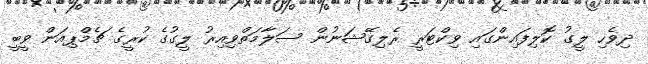
ދިވެހި ލީގު ކޮލިފައިންގައި ވިކްޓަރީ ރެލިގޭޝަނުން ސަލާމަތްވިއިރު ލީގުގެ ކުރީގެ ޗެމްޕިއަން ވީބީ